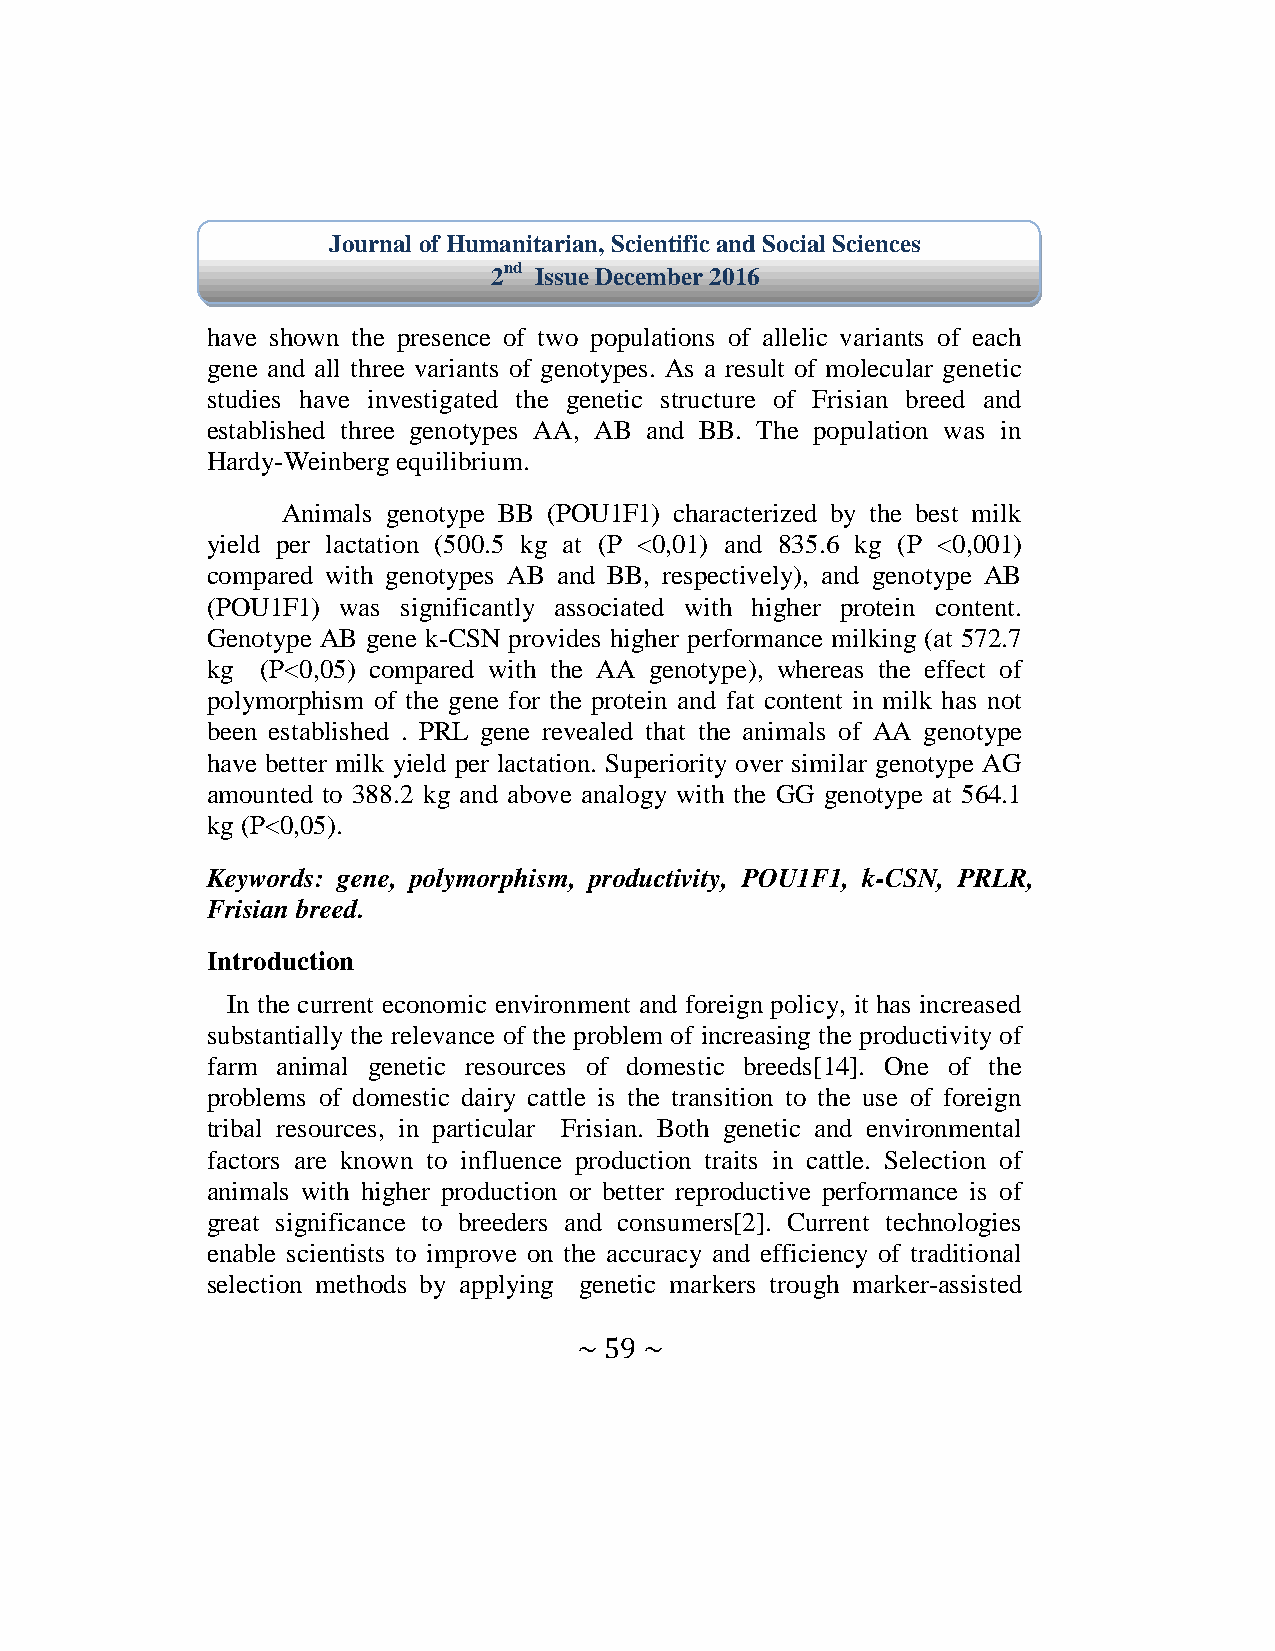
Journal of Humanitarian, Scientific and Social Sciences
 2nd Issue December 2016
 have shown the presence of two populations of allelic variants of each
 gene and all three variants of genotypes. As a result of molecular genetic
 studies have investigated the genetic structure of Frisian breed and
 established three genotypes AA, AB and BB. The population was in
 Hardy-Weinberg equilibrium.
 Animals genotype BB (POU1F1) characterized by the best milk
 yield per lactation (500.5 kg at (P <0,01) and 835.6 kg (P <0,001)
 compared with genotypes AB and BB, respectively), and genotype AB
 (POU1F1) was significantly associated with higher protein content.
 Genotype AB gene k-CSN provides higher performance milking (at 572.7
 kg (P<0,05) compared with the AA genotype), whereas the effect of
 polymorphism of the gene for the protein and fat content in milk has not
 been established . PRL gene revealed that the animals of AA genotype
 have better milk yield per lactation. Superiority over similar genotype AG
 amounted to 388.2 kg and above analogy with the GG genotype at 564.1
 kg (P<0,05).
 Keywords: gene, polymorphism, productivity, POU1F1, k-CSN, PRLR,
 Frisian breed.
 Introduction
 In the current economic environment and foreign policy, it has increased
 substantially the relevance of the problem of increasing the productivity of
 farm animal genetic resources of domestic breeds[14]. One of the
 problems of domestic dairy cattle is the transition to the use of foreign
 tribal resources, in particular Frisian. Both genetic and environmental
 factors are known to influence production traits in cattle. Selection of
 animals with higher production or better reproductive performance is of
 great significance to breeders and consumers[2]. Current technologies
 enable scientists to improve on the accuracy and efficiency of traditional
 selection methods by applying genetic markers trough marker-assisted
 ~ 59 ~